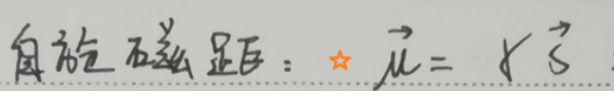
自旋磁距：$\vec{\mu}=g\vec{S}$